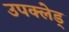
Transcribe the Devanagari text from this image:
उपक्लेड्